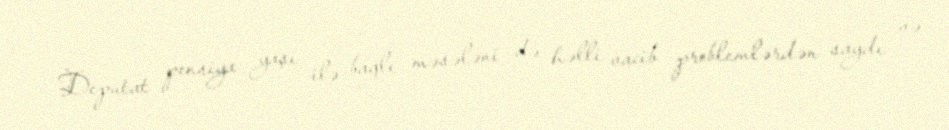
Deputat pensiya yaşı ilə bağlı məsələni də həlli vacib problemlərdən saydı və